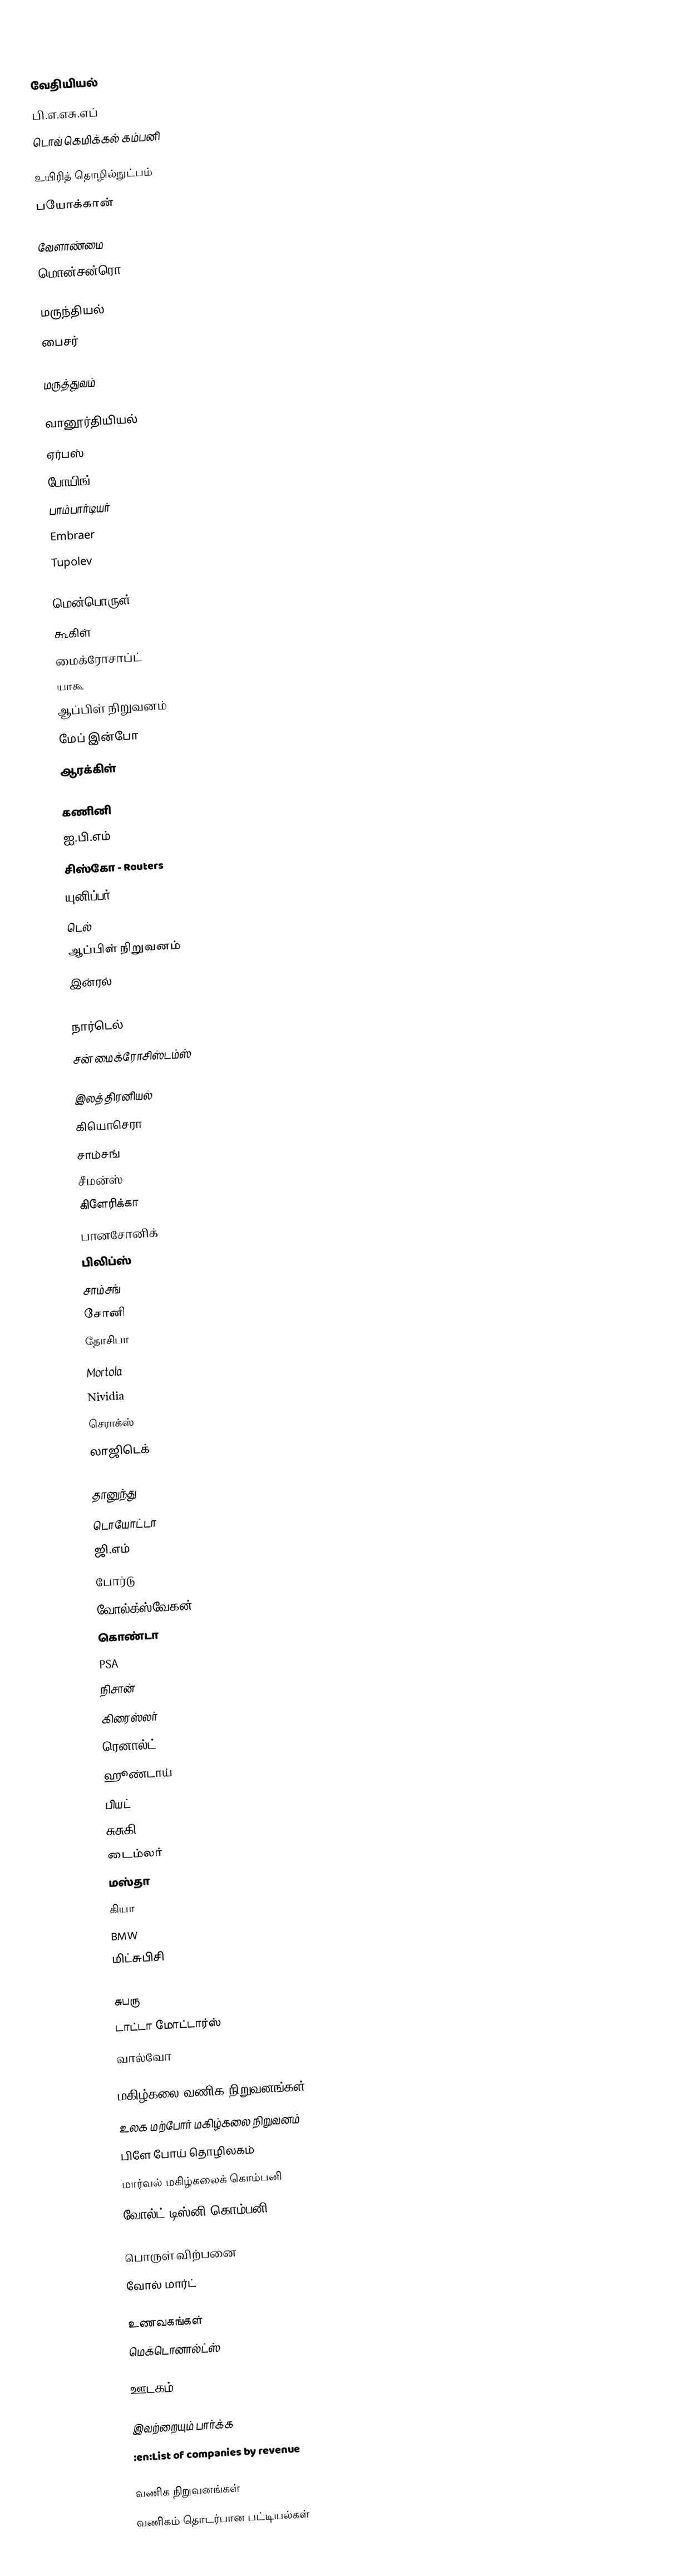

வேதியியல்
 பி.எ.எசு.எப்
 டொவ் கெமிக்கல் கம்பனி

உயிரித் தொழில்நுட்பம்
 பயோக்கான்

வேளாண்மை
 மொன்சன்ரொ

மருந்தியல்
 பைசர்

மருத்துவம்

வானூர்தியியல்
 ஏர்பஸ்
 போயிங்
 பாம்பார்டியர்
 Embraer
 Tupolev

மென்பொருள்
 கூகிள்
 மைக்ரோசாப்ட்
 யாகூ
 ஆப்பிள் நிறுவனம்
 மேப் இன்போ
 ஆரக்கிள்

கணினி
 ஐ.பி.எம்
 சிஸ்கோ - Routers
 யுனிப்பர் - Routers
 டெல்
 ஆப்பிள் நிறுவனம்
 இன்ரல்
 HP
 நார்டெல்
 சன் மைக்ரோசிஸ்டம்ஸ்

இலத்திரனியல்
 கியொசெரா
 சாம்சங்
 சீமன்ஸ்
 கிளேரிக்கா
 பானசோனிக்
 பிலிப்ஸ்
 சாம்சங்
 சோனி
 தோசிபா
 Mortola
 Nividia
 செராக்ஸ்
 லாஜிடெக்

தானுந்து
 டொயோட்டா
 ஜி.எம்
 போர்டு
 வோல்க்ஸ்வேகன்
 கொண்டா
 PSA
 நிசான்
 கிரைஸ்லர்
 ரெனால்ட்
 ஹூண்டாய்
 பியட்
 சுசுகி
 டைம்லர்
 மஸ்தா
 கியா
 BMW
 மிட்சுபிசி
 AvtoVAZ
 சுபரு
 டாட்டா மோட்டார்ஸ்
 வால்வோ

மகிழ்கலை வணிக நிறுவனங்கள்
 உலக மற்போர் மகிழ்கலை நிறுவனம்
 பிளே போய் தொழிலகம்
 மார்வல் மகிழ்கலைக் கொம்பனி
 வோல்ட் டிஸ்னி கொம்பனி

பொருள் விற்பனை
 வோல் மார்ட்

உணவகங்கள்
 மெக்டொனால்ட்ஸ்

ஊடகம்

இவற்றையும் பார்க்க
 :en:List of companies by revenue

வணிக நிறுவனங்கள்
வணிகம் தொடர்பான பட்டியல்கள்